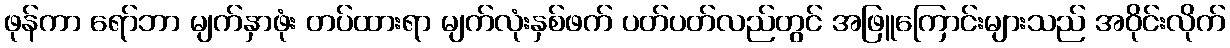
ဖုန်ကာ ရော်ဘာ မျက်နှာဖုံး တပ်ထားရာ မျက်လုံးနှစ်ဖက် ပတ်ပတ်လည်တွင် အဖြူကြောင်းများသည် အဝိုင်းလိုက်